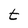
Character: t